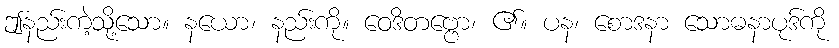
ဤနည်းကဲ့သို့သော။ နယော၊ နည်းကို။ ဝေဒိတဗ္ဗော၊ ၏။ ပန၊ စောဒနာ သောဓနာပုဒ်ကို